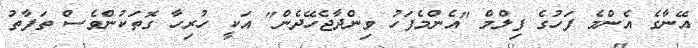
އޭނާގެ އެންމެ ފަހުގެ ފިލްމް "އެންމެފަހު ވިންދާޖެހޭދެން" އަކީ ހުރިހާ ގޮތަކުންވެސް ތަފާތު